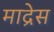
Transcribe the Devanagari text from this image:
माद्रेस